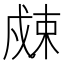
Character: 𰒮